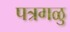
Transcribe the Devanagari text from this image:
पत्रगळु